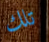
تلك